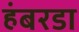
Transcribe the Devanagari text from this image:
हंबरडा